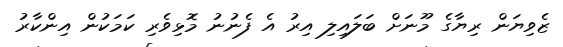
ޒެވިޔަން ރިޔާގެ މޫނަށް ބަލައިލި އިރު އެ ފެނުނު މޮޅިވެރި ކަމަކުން އިންކާރު